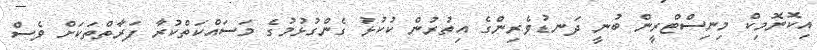
އިކޮނޮމިކް މިނިސްޓްރީން ބުނީ ދަނޑުވެރިންގެ އިތުރުން ކުކުޅު ގެންގުޅުމުގެ މަސައްކަތްކުރާ ފަރާތްތަކަށް ވެސް